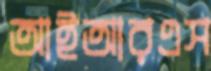
আইআরএস